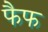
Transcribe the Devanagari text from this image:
फैफ